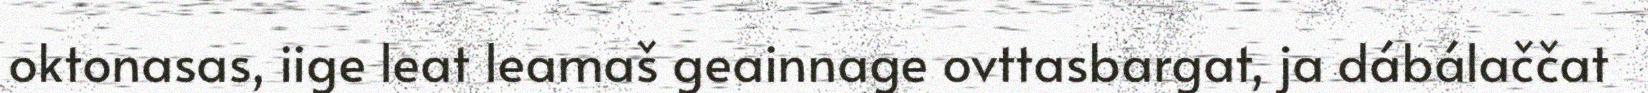
oktonasas, iige leat leamaš geainnage ovttasbargat, ja dábálaččat